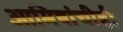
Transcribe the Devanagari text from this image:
आमिषांचीही